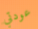
عودتي